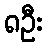
၈ဦး